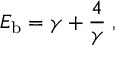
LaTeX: E _ { \mathrm { b } } = \gamma + { \frac { 4 } { \gamma } } \; ,